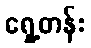
ရှေ့တန်း